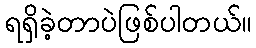
ရရှိခဲ့တာပဲဖြစ်ပါတယ်။